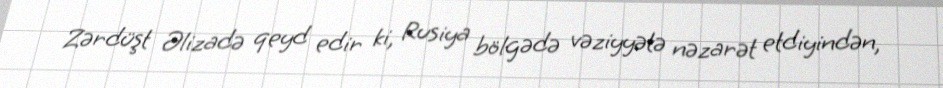
Zərdüşt Əlizadə qeyd edir ki, Rusiya bölgədə vəziyyətə nəzarət etdiyindən,